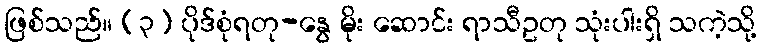
ဖြစ်သည်။ (၃) ပိုဒ်စုံရတု-နွေ မိုး ဆောင်း ရာသီဥတု သုံးပါးရှိ သကဲ့သို့